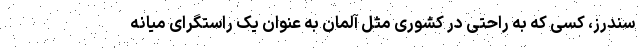
سندرز، کسی که به راحتی در کشوری مثل آلمان به عنوان یک راستگرای میانه